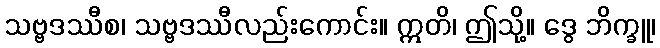
သဗ္ဗဒဿီစ၊ သဗ္ဗဒဿီလည်းကောင်း။ ဣတိ၊ ဤသို့။ ဒွေ ဘိက္ခူ၊